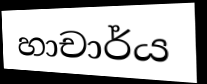
හාචාර්ය